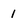
Character: 1